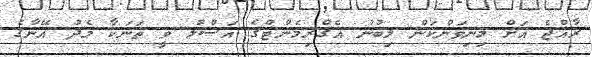
ރާއްޖެ އަށް މިނިވަންކަން ލިބުނު އެގްރިމެންޓްގެ އަސްލު ވީ ތަނަކާ މެދު އޭނާގެ